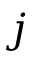
j